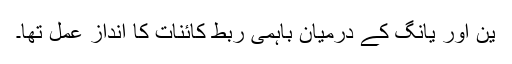
ین اور یانگ کے درمیان باہمی ربط کائنات کا انداز عمل تھا۔